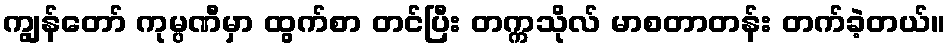
ကျွန်တော် ကုမ္ပဏီမှာ ထွက်စာ တင်ပြီး တက္ကသိုလ် မာစတာတန်း တက်ခဲ့တယ်။